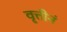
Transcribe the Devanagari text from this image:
वृत्तीनं